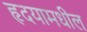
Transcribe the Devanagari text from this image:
हृदयामधील